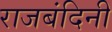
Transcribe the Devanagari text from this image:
राजबंदिनी